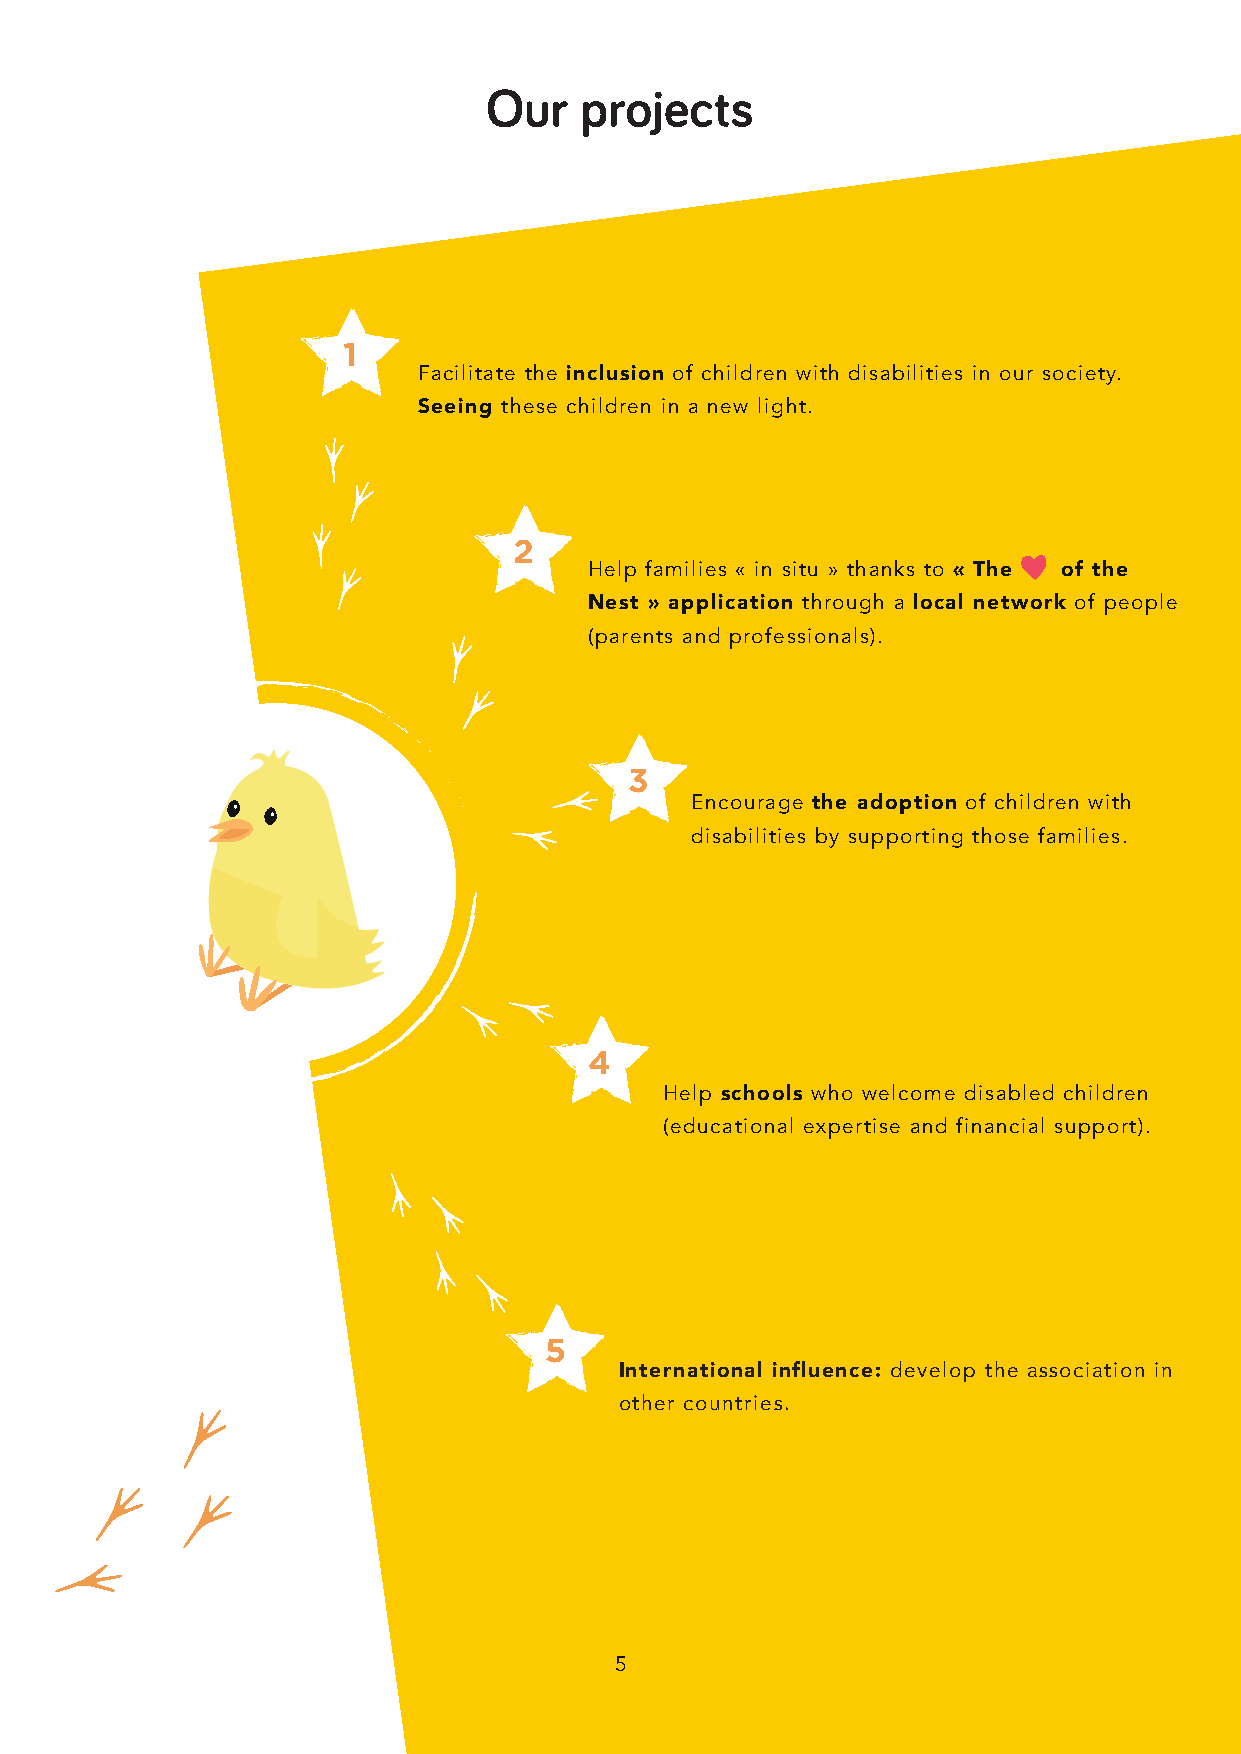
Our   projects
 1
 Facilitate the inclusion of children with disabilities in our society.
 Seeing these children in a new light.
 2
 Help families « in situ » thanks to « The of the
 Nest » application through a local network of people
 (parents and professionals).
 3
 Encourage the adoption of children with
 disabilities by supporting those families.
 4
 Help schools who welcome disabled children
 (educational expertise and financial support).
 5
 International influence: develop the association in
 other countries.
 55